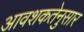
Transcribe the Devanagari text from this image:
आवशकतेनुसार